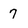
Character: 7